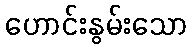
ဟောင်းနွမ်းသော